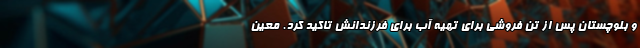
و بلوچستان پس از تن فروشی برای تهیه آب برای فرزندانش تاکید کرد. معین